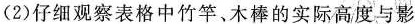
(2)仔细观察表格中竹竿、木棒的实际高度与影